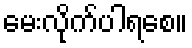
မေးလိုက်ပါရစေ။